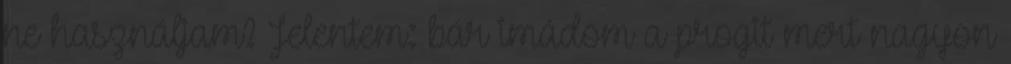
ne használjam? Jelentem: bár imádom a progit mert nagyon